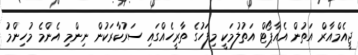
ޖީއެމްއާރް އަތުން އެއާޕޯޓް އަތުލުމަކީ މިފަހުގެ ތާރީހެއްގަައި ސަރުކާރަކުން ނިންމި އެންމެ މުހިންމު